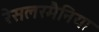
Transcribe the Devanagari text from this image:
रेसलरमैनिया